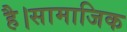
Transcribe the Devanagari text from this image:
है।सामाजिक